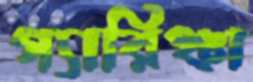
গ্যারিঞ্চা